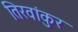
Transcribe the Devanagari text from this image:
तिरवांकुर